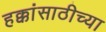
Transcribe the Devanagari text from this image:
हक्कांसाठीच्या